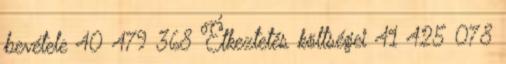
bevétele 40 479 368 Étkeztetés költségei 41 425 078